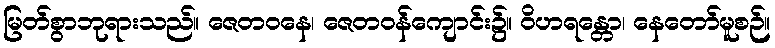
မြတ်စွာဘုရားသည်။ ဇေတဝနေ၊ ဇေတဝန်ကျောင်း၌။ ဝိဟရန္တော၊ နေတော်မူစဉ်။